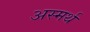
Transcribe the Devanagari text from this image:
अस्मर्थ